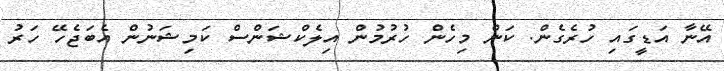
އޭނާ އަޑީގައި ހުރެގެން. ކަން މިހެން ހުރުމުން އިލެކްޝަންސް ކަމިޝަނުން އެބަޖެހޭ ހަރު